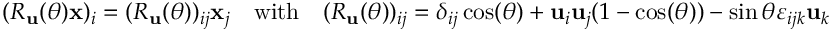
( R _ { \mathbf { u } } ( \theta ) \mathbf { x } ) _ { i } = ( R _ { \mathbf { u } } ( \theta ) ) _ { i j } { \mathbf { x } } _ { j } \quad { \mathrm { w i t h } } \quad ( R _ { \mathbf { u } } ( \theta ) ) _ { i j } = \delta _ { i j } \cos ( \theta ) + \mathbf { u } _ { i } \mathbf { u } _ { j } ( 1 - \cos ( \theta ) ) - \sin { \theta } \varepsilon _ { i j k } \mathbf { u } _ { k }